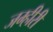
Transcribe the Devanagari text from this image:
जम्हीरी